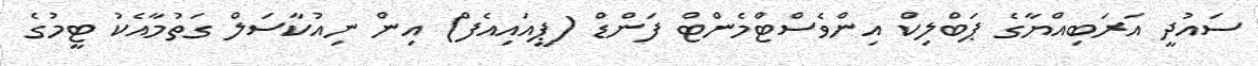
ސައުދީ އަރަބިއްޔާގެ ޕަބްލިކް އިންވެސްޓްމެންޓް ފަންޑް (ޕީއައިއެފް) އިން ނިއުކާސަލް ގަތުމާއެކު ޓީމުގެ